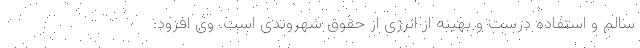
سالم و استفاده درست و بهینه از انرژی از حقوق شهروندی است. وی افزود: